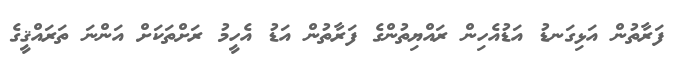
ފަރާތުން އަޅިގަނޑު އަޑުއެހިން ރައްޔިތުންގެ ފަރާތުން އަޑު އެހީމު ރަށްތަކަށް އަންނަ ތަރައްޤީގެ